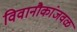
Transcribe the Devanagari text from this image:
विवानौकांजवळ